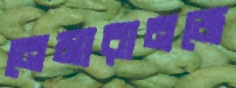
নেমারানজে